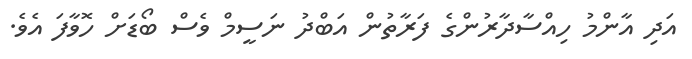
އަދި އާންމު ހިއްސާދާރުންގެ ފަރާތުން އަބްދު ނަސީމް ވެސް ބޯޑަށް ހޮވާފަ އެވެ.